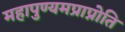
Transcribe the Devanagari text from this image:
महापुण्यमप्राप्नोति